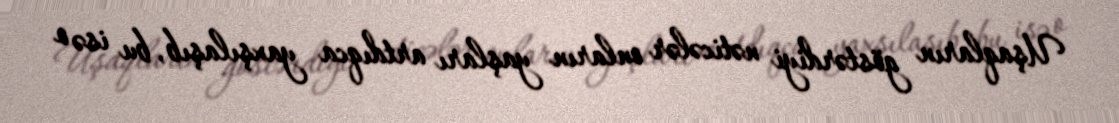
Uşaqların göstərdiyi nəticələr onların yaşları artdıqca yaxşılaşıb, bu isə o